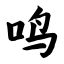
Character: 鸣